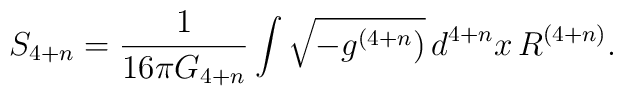
S_{4+n} = \frac{1}{16\pi G_{4+n}} \int \sqrt{-g^{(4+n})}\,  d^{4+n}x\,  R^{(4+n)}.